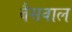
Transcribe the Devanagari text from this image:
बैसवाल